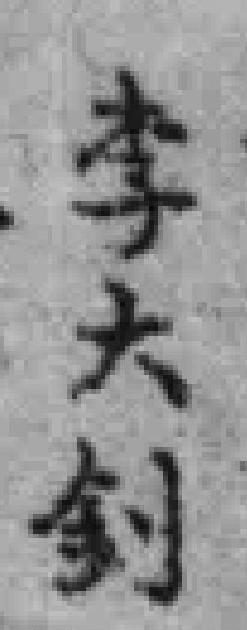
李大剑